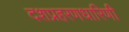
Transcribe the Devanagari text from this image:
दशप्रहरणधारिणी